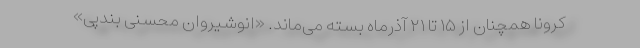
کرونا همچنان از ۱۵ تا ۲۱ آذرماه بسته می‌ماند. «انوشیروان محسنی بندپی»